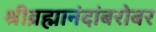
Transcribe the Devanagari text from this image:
श्रीब्रह्मानंदांबरोबर